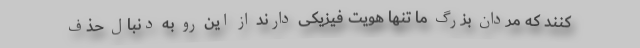
کنند که مردان بزرگ ما تنها هویت فیزیکی دارند از این رو به دنبال حذف